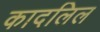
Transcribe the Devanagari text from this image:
कादलिल